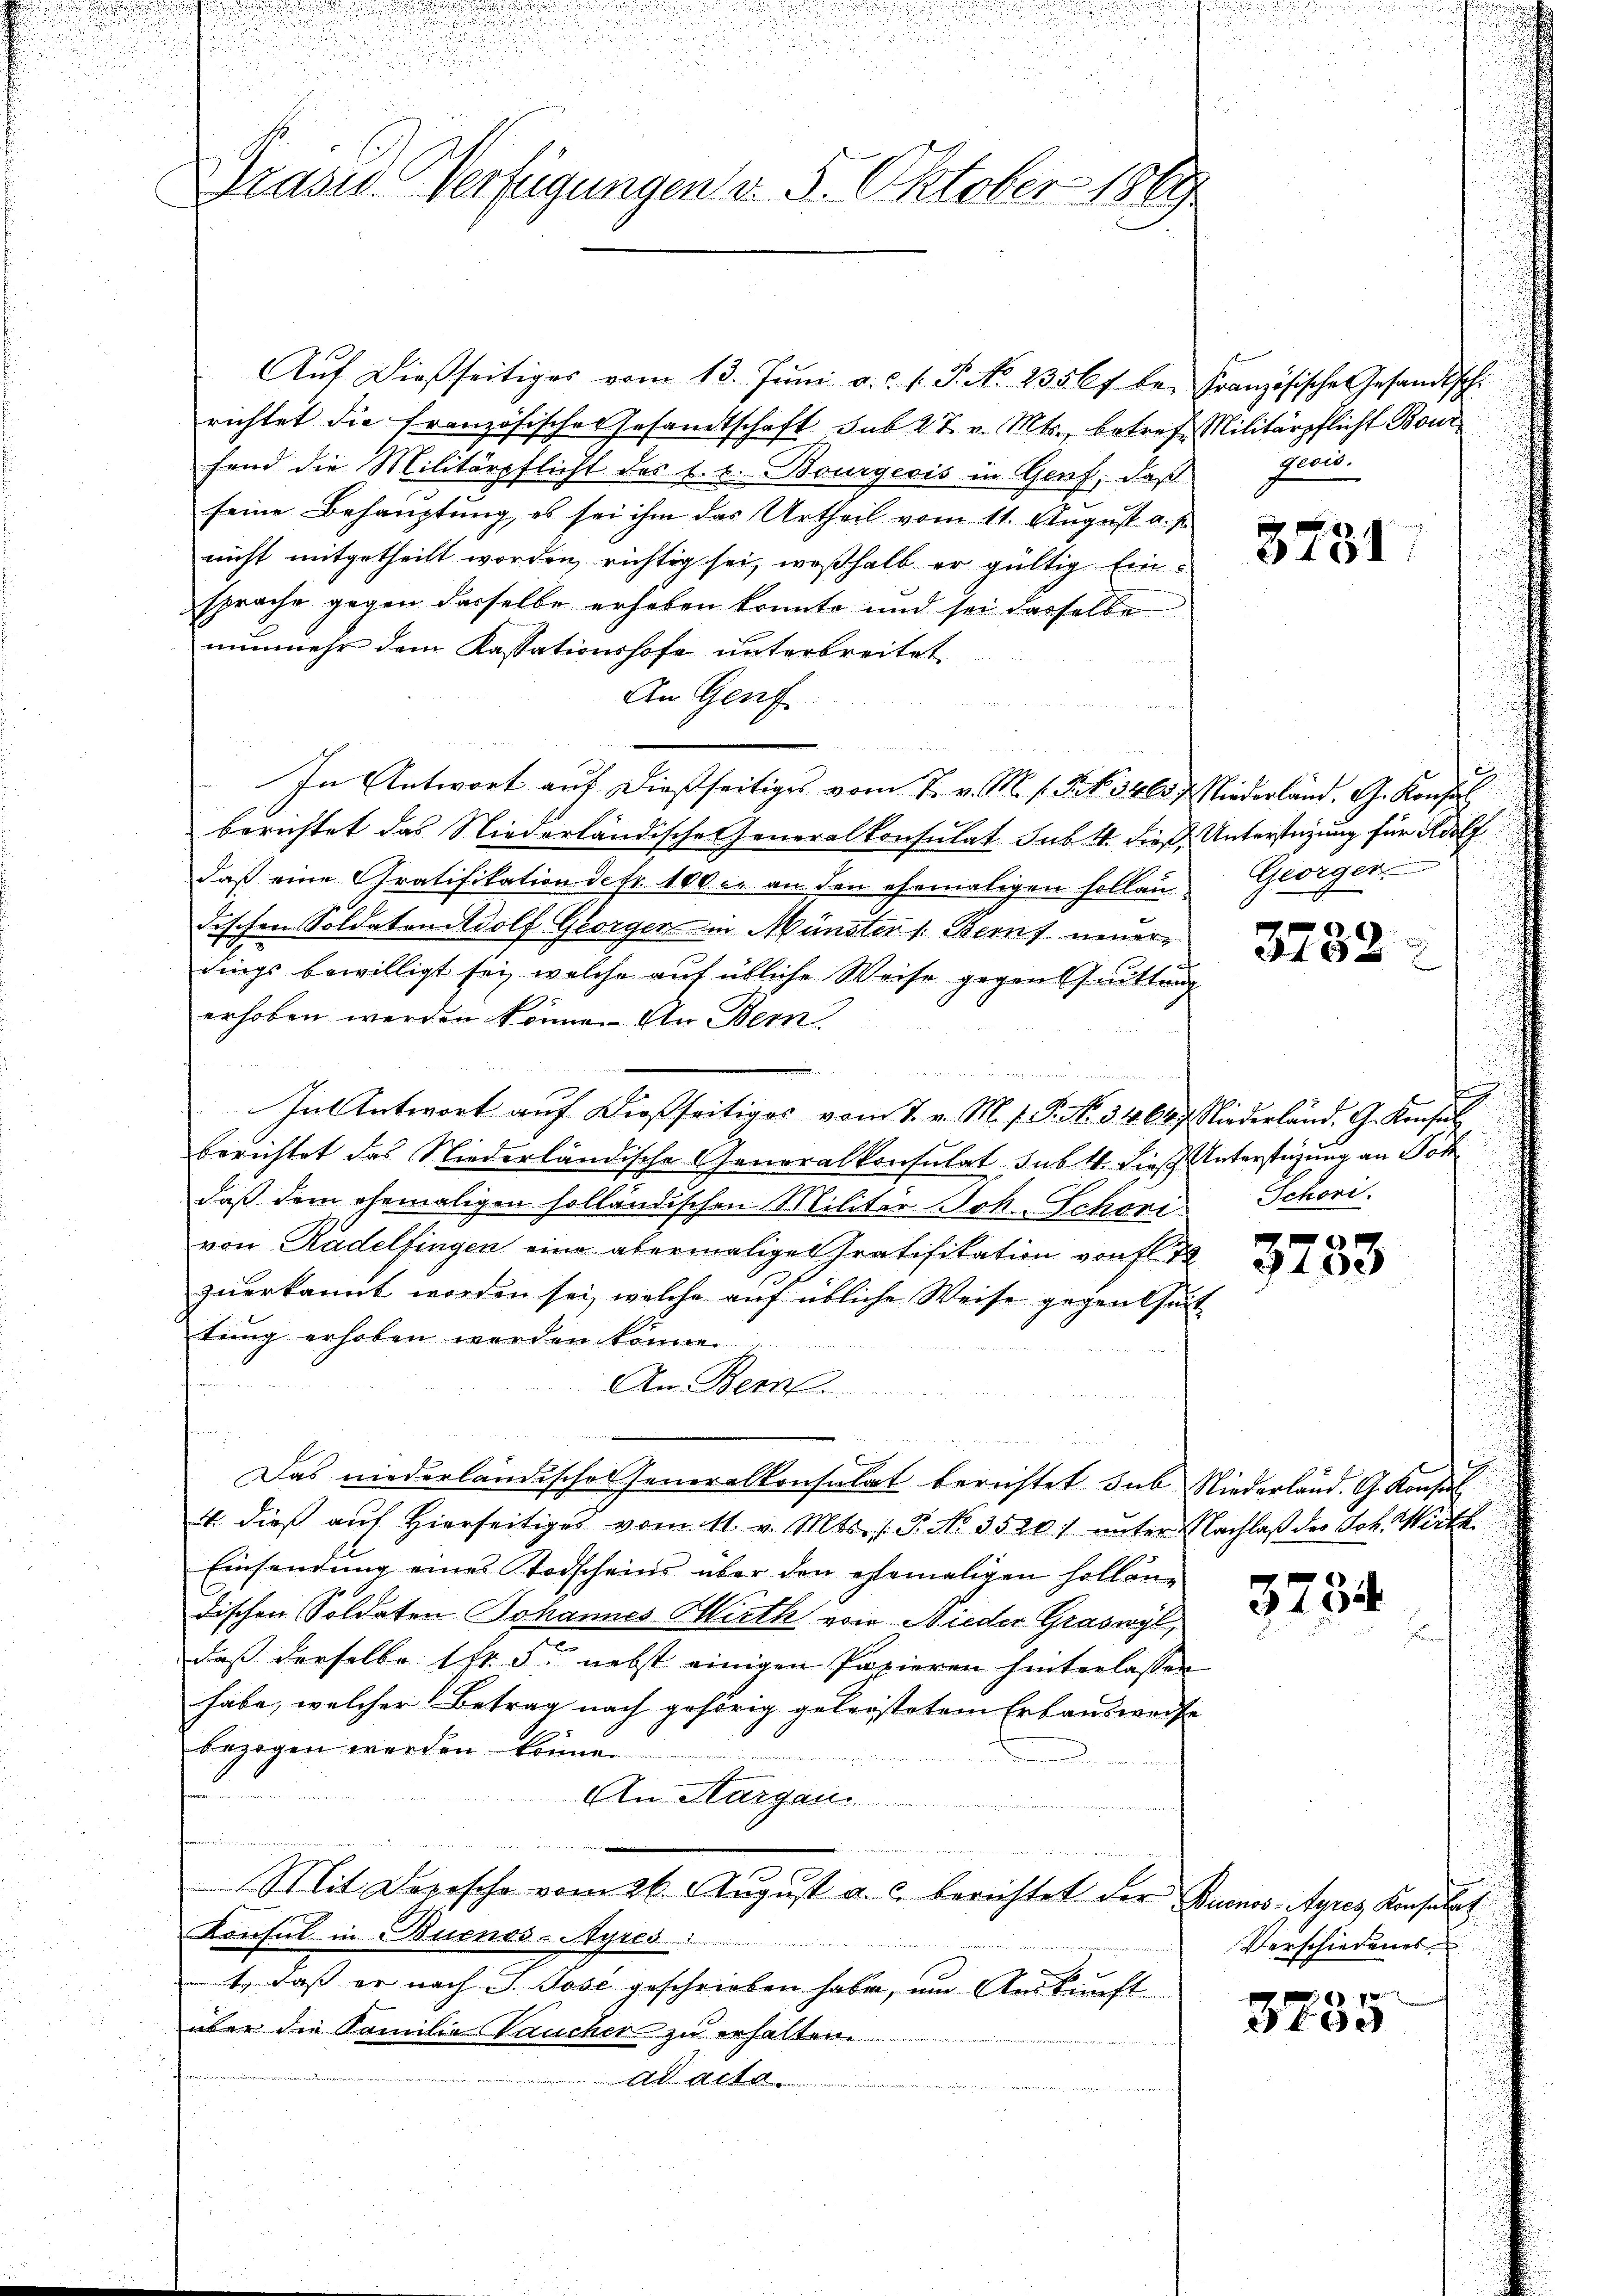
Prasis Verfügungen v. 5. Oktober 1869

Aŭf dießseitiges vom 13. Jŭni a.c. s. S. N. 2356f be- Französische Gesandtschi
richtet die französische Gesandtschaft sub 27. v. Mts., betref Militärpflicht Bour
fend die Militärpflicht des C. c. Bourgeois in Genf, daß
seine Behauptung, es sei ihm das Urtheil vom 11. August v. J.
nicht mitgetheilt worden, richtig sei, weßhalb er gültig Einsprache gegen dasselbe erheben könnte und sei derselbe
nunmehr dem Kassationshofe unterbreitet
An Genf
In Antwort auf diesseitiges vom 7. v. M. v. Frk. 346 f. Niederland. G. Konfi
berichtet das Niederländische Generalkonsulat sub. 4. dieß, Unterstüzung für Adolf
daß eine Gratifikation der 100 c. an den ehemaligen Hollaudischen Soldaten Wolf Georgen in Münster 1. Beruf neuerdings bewilligt sei, welche auf übliche Weise gegen Guittung
erhoben werden könne. An Bern
u

Int Antwort auf dießseitiges vom 7. v. M. v. P. No. 34687. Niederländ. G. Konsul
berichtet das Niederländische Generalkonsulat, subt. Dies Unterstüzung an Joh
daß dem ehemaligen solländischen Militär Joh. Schori
von Radelfingen eine abermalige Pratifikation von fl. 70
zuerkannt worden sei, welche auf übliche Weise gegentheit
tung erhoben werden könne.
An Bern
n
Das niederländische Generalkonsulat berichtet sub Niederland. G. Konsul
4. dieß auf Hierseitiges vom 11. v. Mts. (T. No. 3520. unter Nachlaß des Joh. Wirth
Einsendung eines Todscheins über den ehemaligen Holländischen Soldaten Johannes Hirth von Nieder Graswyl,
daß derselbe 1fr. 5. nebst einigen Papieren hinterlassen
habe, welcher Betrag nach gehörig geleistetem Erbausweise
bezogen werden können.
An Aargau.
Mit Denische vom 26. August a. c. berichtet der Buenos-Ayres Konsulat
Konsul in Buenos-Ayres
1., daß er nach P. Jose geschrieben habe, um Auskunft
über die Familie Vaucher zu erhalten
Arait

preis.

e
5731

Georgen
3738

d
Schoni.

2400

3734

Verschiedungs
7